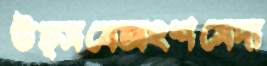
উত্সবেঅংশমেদা